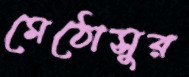
মেঠোসুর